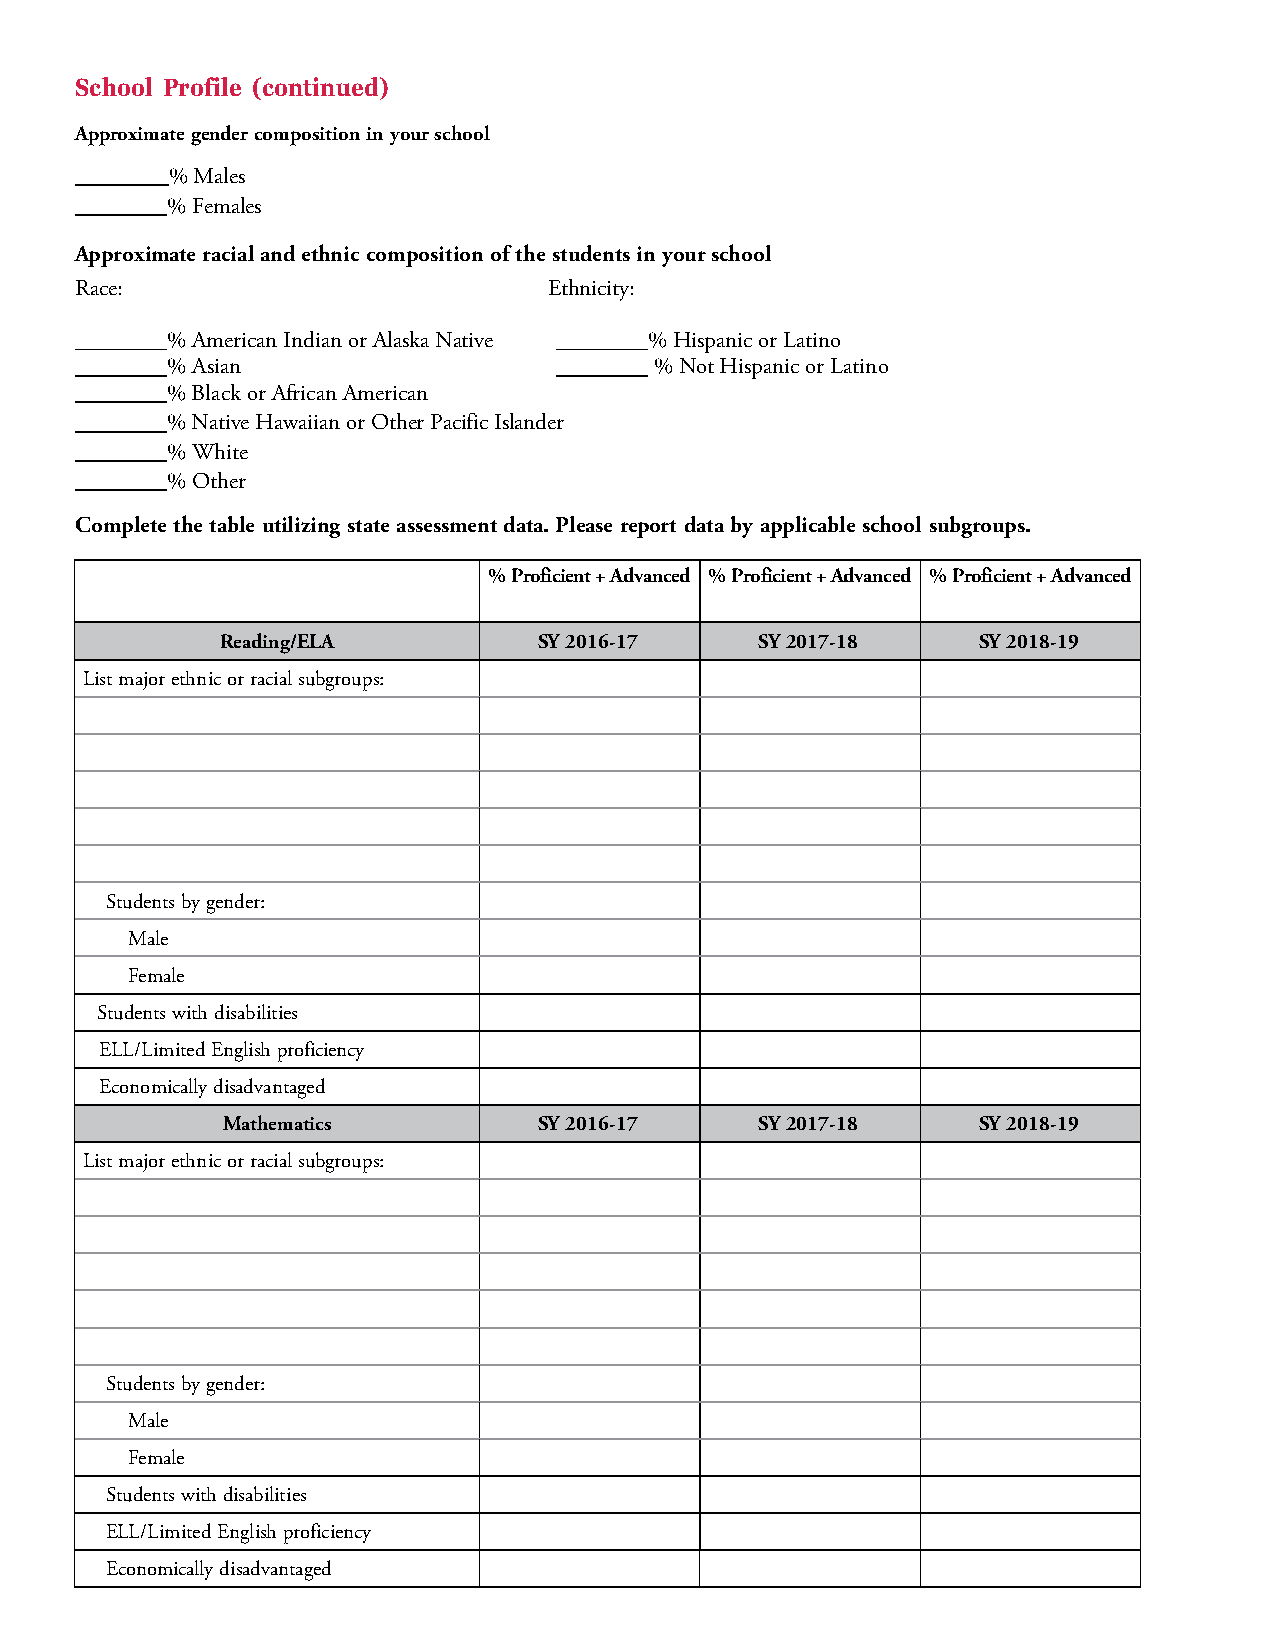
School Profile (continued)
 Approximate gender composition in your school
 % Males
 % Females
 Approximate racial and ethnic composition of the students in your school
 Race:                          Ethnicity:
 % American Indian or Alaska Native % Hispanic or Latino
 % Asian                         % Not Hispanic or Latino
 % Black or African American
 % Native Hawaiian or Other Pacific Islander
 % White
 % Other
 Complete the table utilizing state assessment data. Please report data by applicable school subgroups.
 % Proficient + Advanced % Proficient + Advanced % Proficient + Advanced
 Reading/ELA          SY 2016-17    SY 2017-18     SY 2018-19
 List major ethnic or racial subgroups:
 Students by gender:
 Male
 Female
 Students with disabilities
 ELL/Limited English proficiency
 Economically disadvantaged
 Mathematics          SY 2016-17    SY 2017-18     SY 2018-19
 List major ethnic or racial subgroups:
 Students by gender:
 Male
 Female
 Students with disabilities
 ELL/Limited English proficiency
 Economically disadvantaged